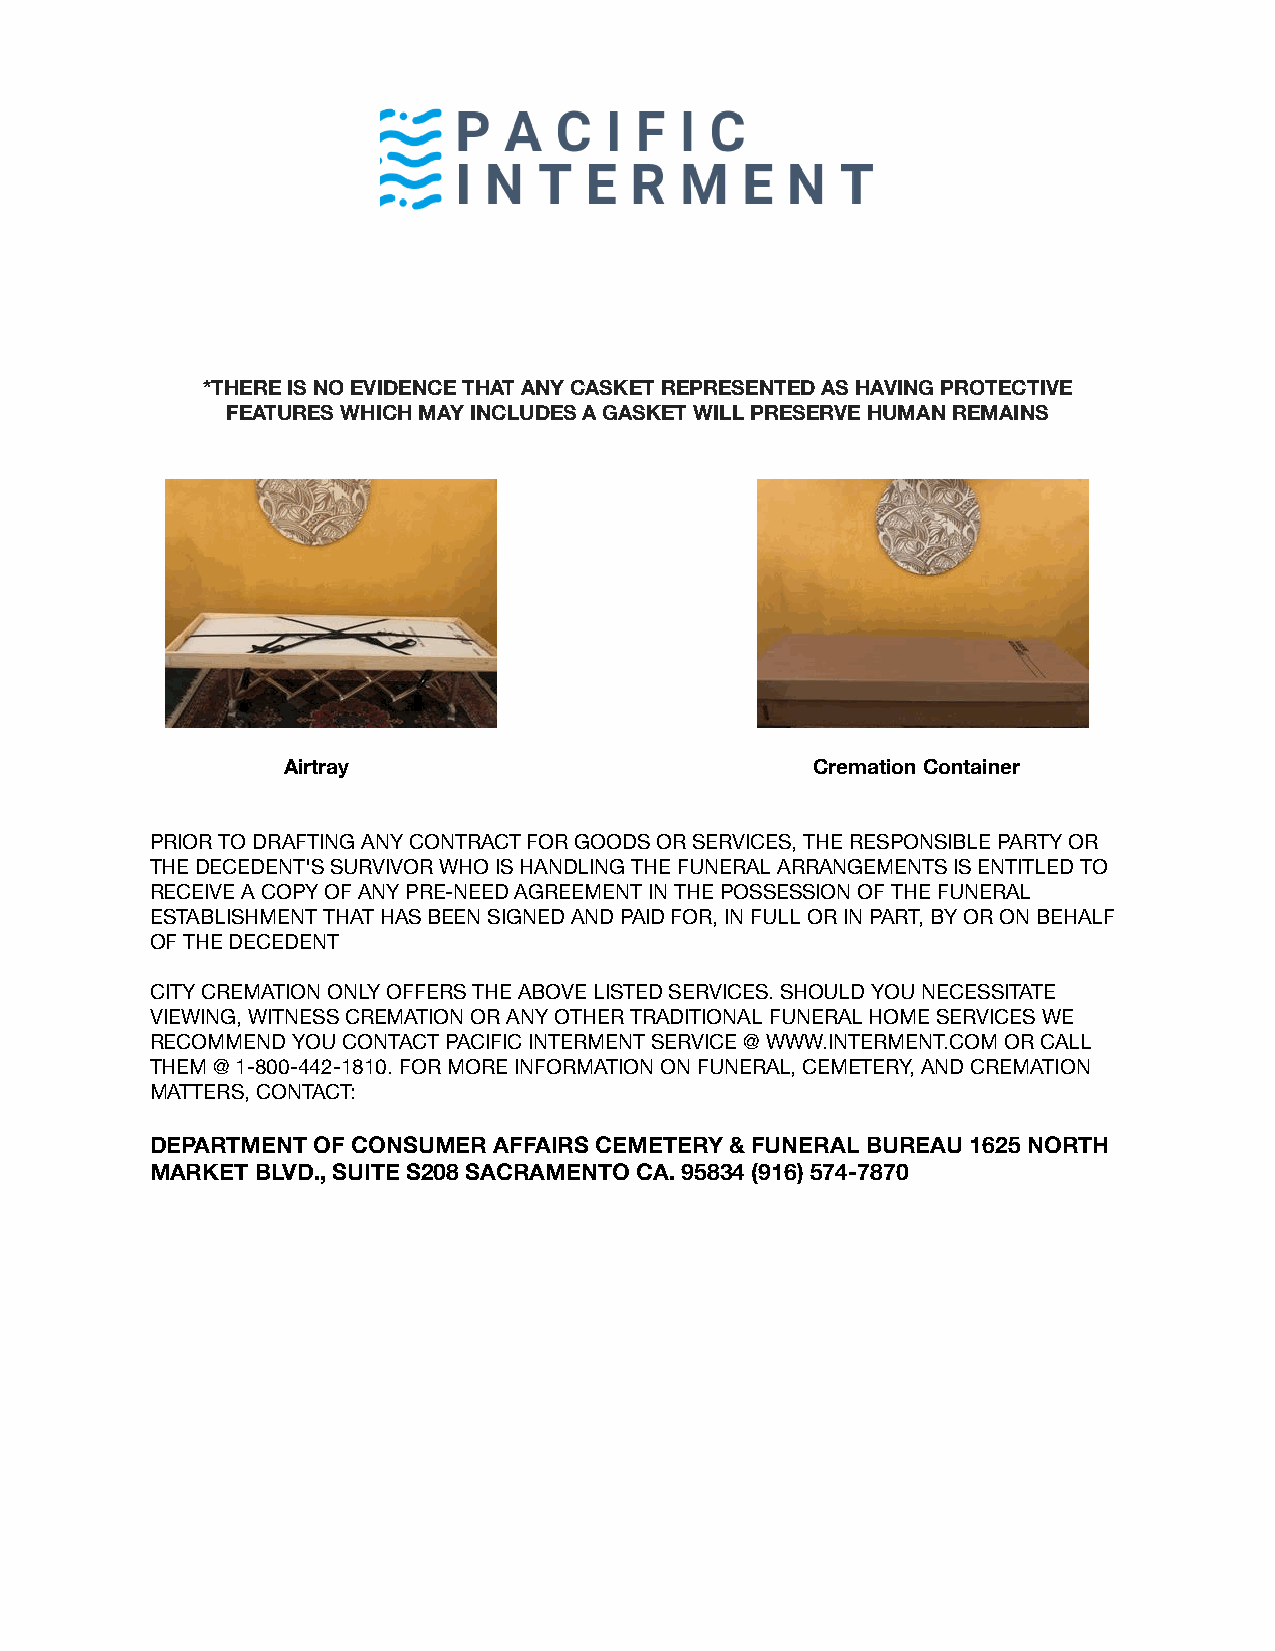
*THERE IS NO EVIDENCE THAT ANY CASKET REPRESENTED AS HAVING PROTECTIVE
 FEATURES WHICH MAY INCLUDES A GASKET WILL PRESERVE HUMAN REMAINS
 Airtray                            Cremation Container
 PRIOR TO DRAFTING ANY CONTRACT FOR GOODS OR SERVICES, THE RESPONSIBLE PARTY OR
 THE DECEDENT'S SURVIVOR WHO IS HANDLING THE FUNERAL ARRANGEMENTS IS ENTITLED TO
 RECEIVE A COPY OF ANY PRE-NEED AGREEMENT IN THE POSSESSION OF THE FUNERAL
 ESTABLISHMENT THAT HAS BEEN SIGNED AND PAID FOR, IN FULL OR IN PART, BY OR ON BEHALF
 OF THE DECEDENT
 CITY CREMATION ONLY OFFERS THE ABOVE LISTED SERVICES. SHOULD YOU NECESSITATE
 VIEWING, WITNESS CREMATION OR ANY OTHER TRADITIONAL FUNERAL HOME SERVICES WE
 RECOMMEND YOU CONTACT PACIFIC INTERMENT SERVICE @ WWW.INTERMENT.COM OR CALL
 THEM @ 1-800-442-1810. FOR MORE INFORMATION ON FUNERAL, CEMETERY, AND CREMATION
 MATTERS, CONTACT:
 DEPARTMENT OF CONSUMER AFFAIRS CEMETERY & FUNERAL BUREAU 1625 NORTH
 MARKET BLVD., SUITE S208 SACRAMENTO CA. 95834 (916) 574-7870